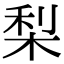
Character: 梨